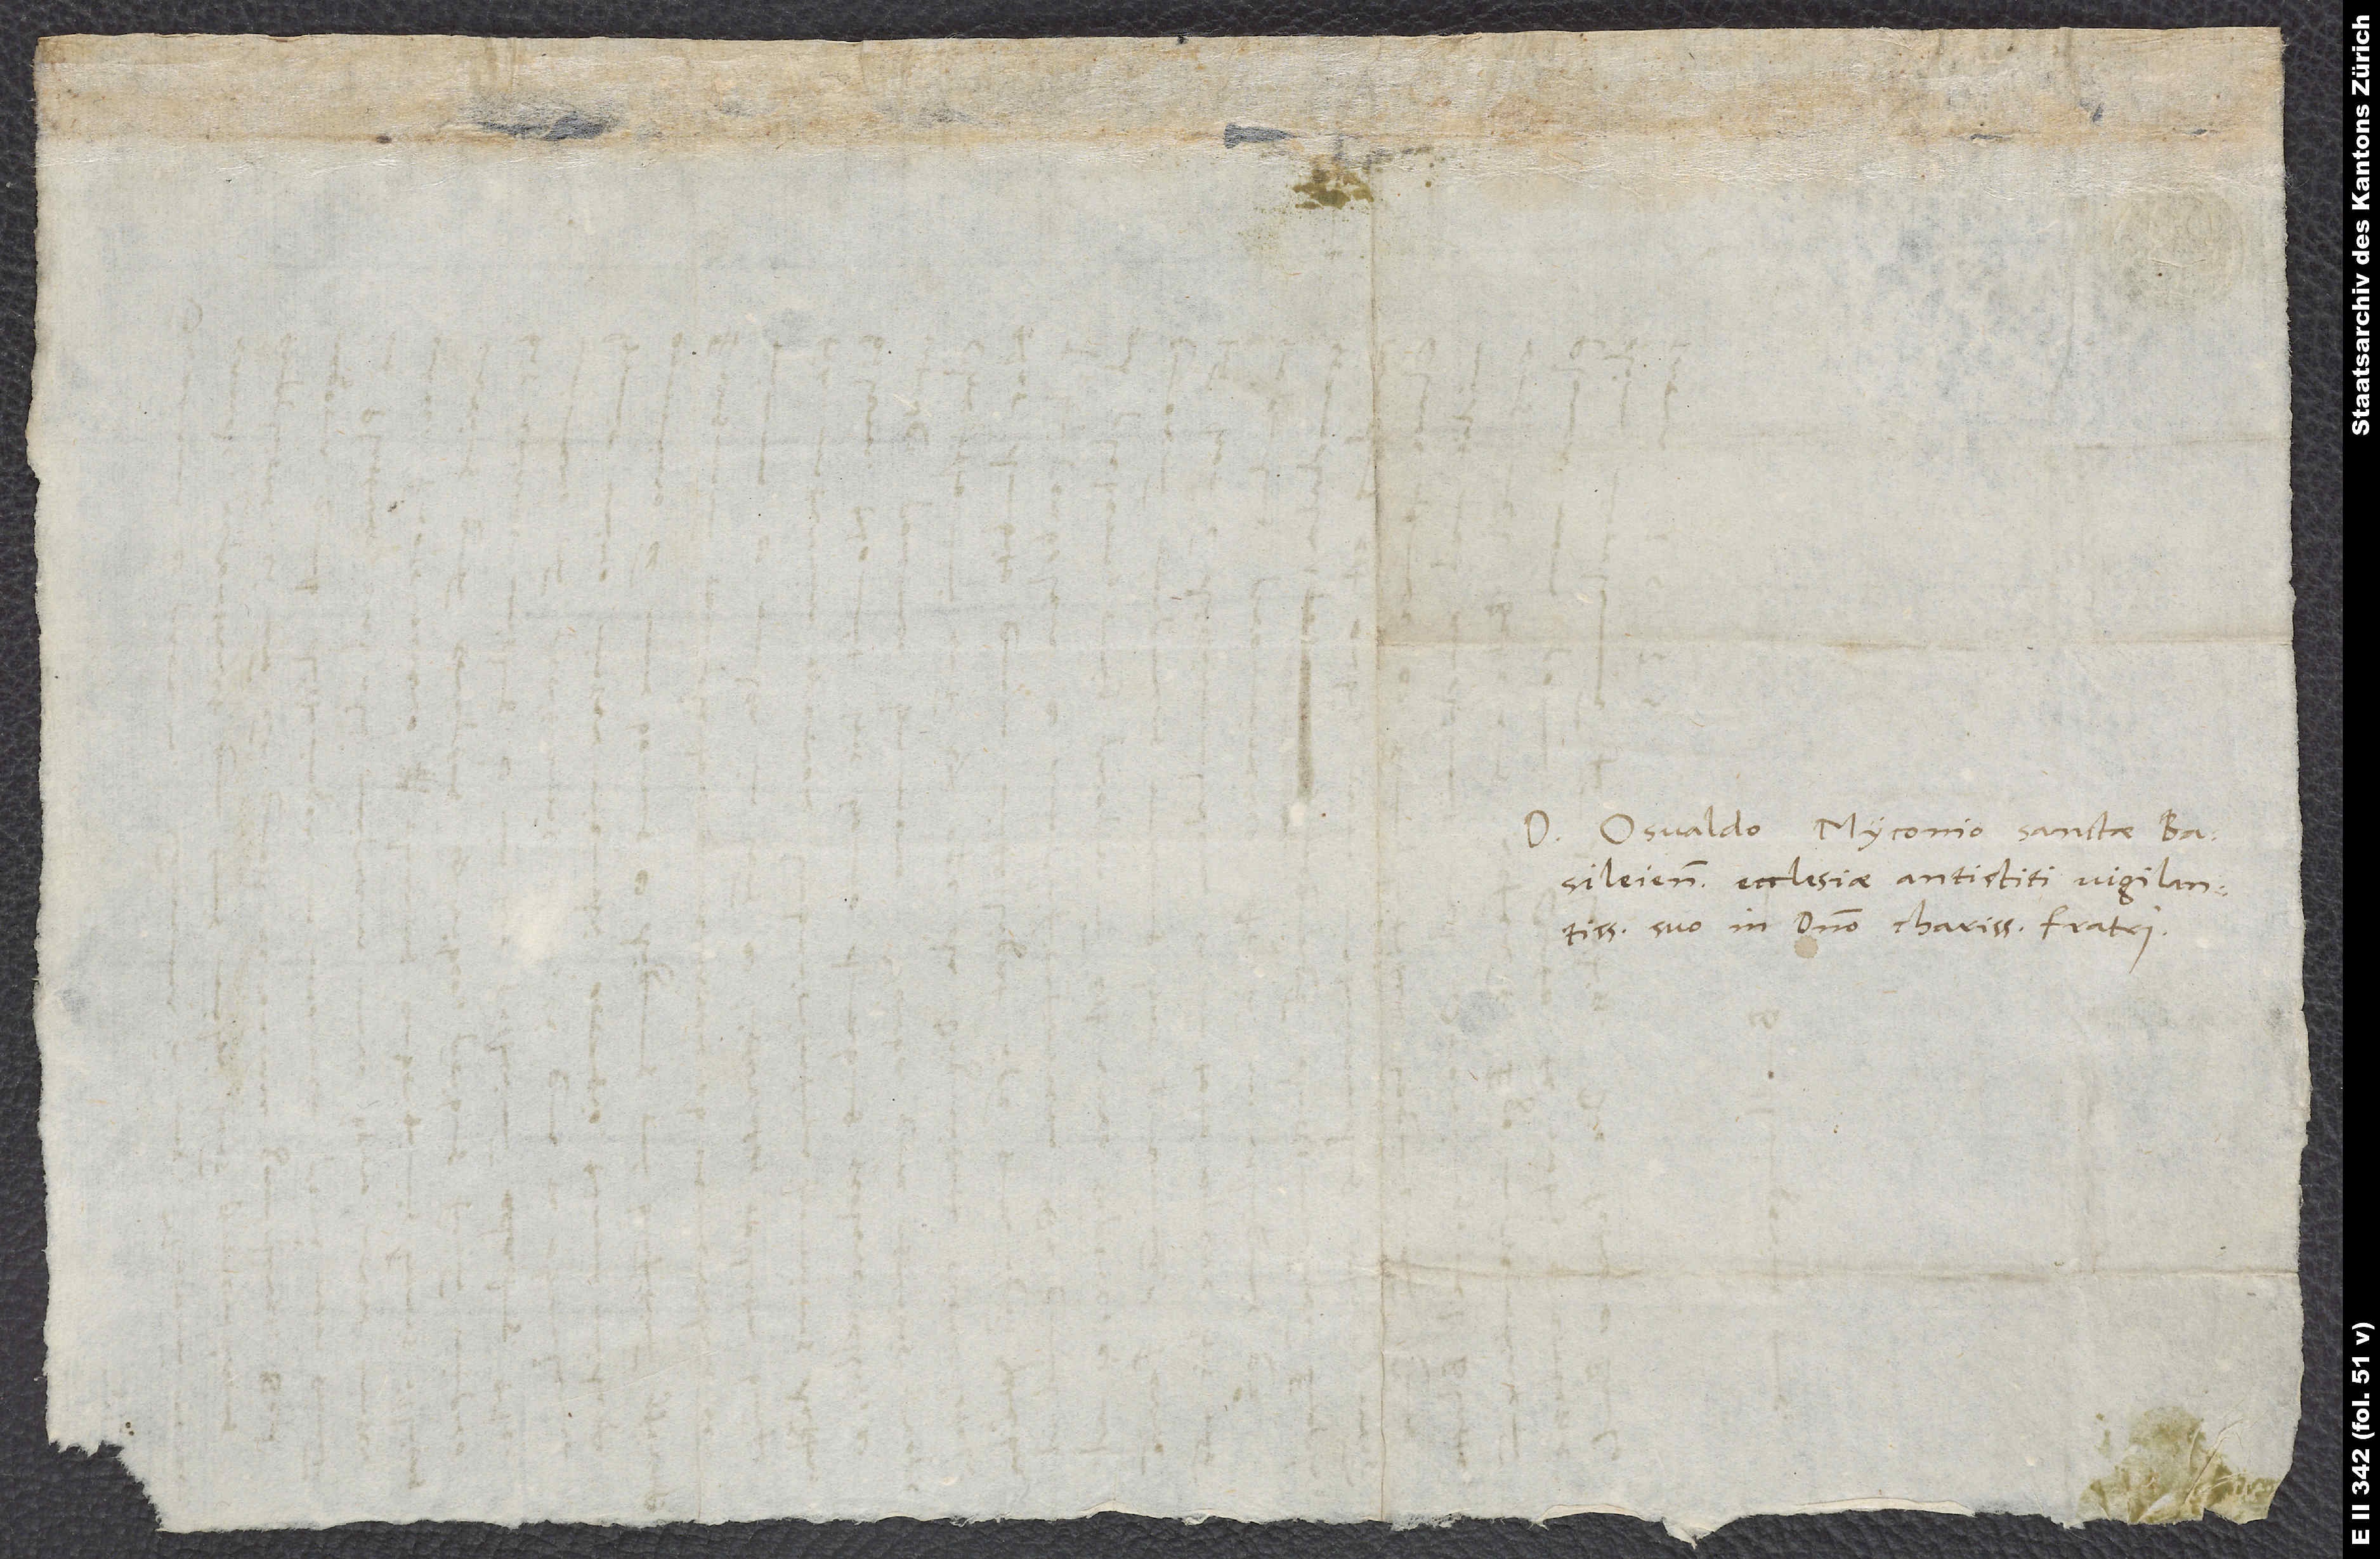
Domino Osvaldo Myconio, sanctae
Basileiensis ecclesiae antistiti vigilantissimo,
suo in domino charissimo fratri.